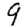
Digit: 9